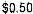
$0.50